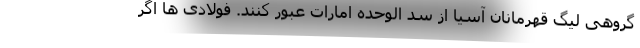
گروهی لیگ قهرمانان آسیا از سد الوحده امارات عبور کنند. فولادی ها اگر